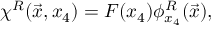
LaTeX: \chi ^ { R } ( \vec { x } , x _ { 4 } ) = F ( x _ { 4 } ) \phi _ { x _ { 4 } } ^ { R } ( \vec { x } ) ,